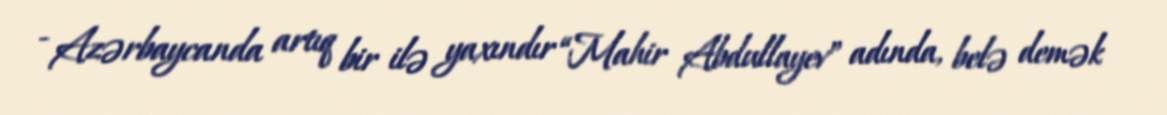
- Azərbaycanda artıq bir ilə yaxındır “Mahir Abdullayev” adında, belə demək